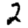
Digit: 2